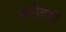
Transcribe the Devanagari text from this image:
करोत्रडों